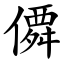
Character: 僲